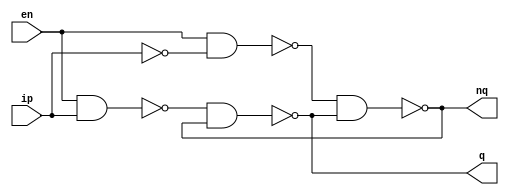
module dl (nq,q,en,ip);
output nq,q;
input ip,en;
wire t1,t2;

nand n0 (t1,en,ip);
nand n1 (t2,en,~ip);
nand n2 (q,t1,nq);
nand n3 (nq,t2,q);
endmodule